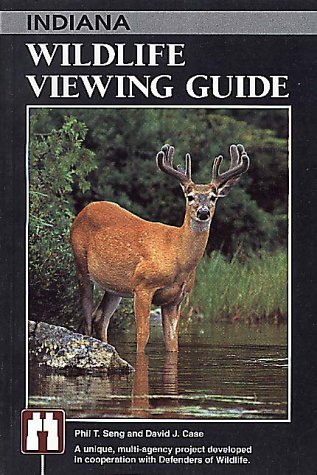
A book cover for Indiana Wildlife Viewing Guide (Wildlife Viewing Guides Series); Phil T. Seng; Travel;